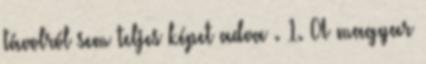
távolról sem teljes képet adva . 1. A magyar